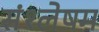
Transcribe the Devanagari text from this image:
संश्लेषम